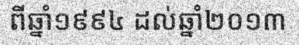
ពីឆ្នាំ១៩៩៤ ដល់ឆ្នាំ២០១៣